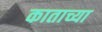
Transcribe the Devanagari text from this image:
काताच्या